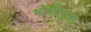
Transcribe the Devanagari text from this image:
भोगविमुक्त